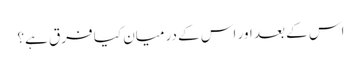
اس کے بعد اور اس کے درمیان کیا فرق ہے؟